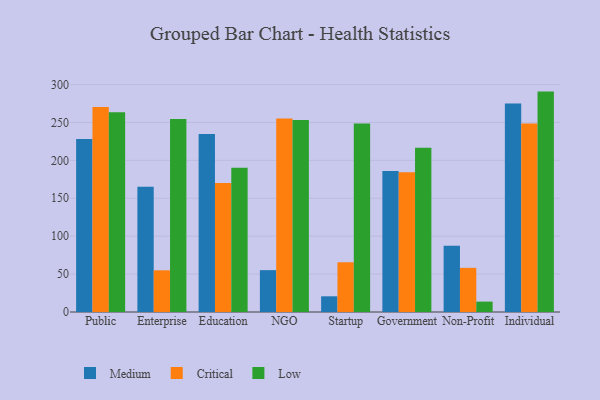
{"axis": {"x": "Segment", "y": "Customer Acquisition Cost (USD)"}, "legend": ["Critical", "Low", "Medium"], "data": [{"x": "Public", "y": 228.2, "type": "Medium"}, {"x": "Public", "y": 270.3, "type": "Critical"}, {"x": "Public", "y": 263.3, "type": "Low"}, {"x": "Enterprise", "y": 165.2, "type": "Medium"}, {"x": "Enterprise", "y": 55.0, "type": "Critical"}, {"x": "Enterprise", "y": 254.6, "type": "Low"}, {"x": "Education", "y": 234.7, "type": "Medium"}, {"x": "Education", "y": 170.2, "type": "Critical"}, {"x": "Education", "y": 190.3, "type": "Low"}, {"x": "NGO", "y": 55.2, "type": "Medium"}, {"x": "NGO", "y": 255.2, "type": "Critical"}, {"x": "NGO", "y": 253.3, "type": "Low"}, {"x": "Startup", "y": 20.7, "type": "Medium"}, {"x": "Startup", "y": 65.6, "type": "Critical"}, {"x": "Startup", "y": 248.6, "type": "Low"}, {"x": "Government", "y": 185.9, "type": "Medium"}, {"x": "Government", "y": 184.3, "type": "Critical"}, {"x": "Government", "y": 216.7, "type": "Low"}, {"x": "Non-Profit", "y": 87.4, "type": "Medium"}, {"x": "Non-Profit", "y": 58.2, "type": "Critical"}, {"x": "Non-Profit", "y": 13.7, "type": "Low"}, {"x": "Individual", "y": 275.1, "type": "Medium"}, {"x": "Individual", "y": 248.5, "type": "Critical"}, {"x": "Individual", "y": 290.7, "type": "Low"}]}